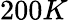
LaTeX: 200K